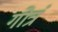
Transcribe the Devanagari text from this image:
गोत्रं